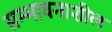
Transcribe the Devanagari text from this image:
सम्भावनाशील